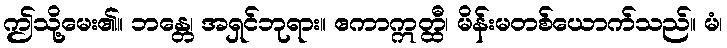
ဤသို့မေး၏။ ဘန္တေ၊ အရှင်ဘုရား။ ဧကာဣတ္ထီ၊ မိန်းမတစ်ယောက်သည်။ မံ၊